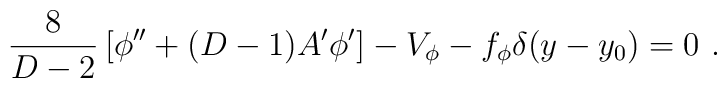
{8\over {D-2}}\left[\phi^{\prime\prime}+(D-1)A^\prime\phi^\prime\right]- V_\phi-f_\phi\delta(y-y_0)=0~.